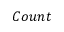
C o u n t